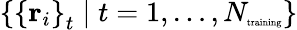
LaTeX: \left\{ \left\{ \mathbf{r}_{i}\right\} _{t}\mid t=1,\ldots,N_{\textrm{\tiny training}}\right\}